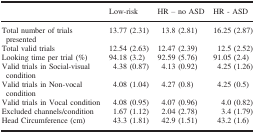
<table><thead><tr><td></td><td><b>Low‐risk</b></td><td><b>HR – no ASD</b></td><td><b>HR ‐ ASD</b></td></tr></thead><tbody><tr><td>Total number of trials presented</td><td>13.77 (2.31)</td><td>13.8 (2.81)</td><td>16.25 (2.87)</td></tr><tr><td>Total valid trials</td><td>12.54 (2.63)</td><td>12.47 (2.39)</td><td>12.5 (2.52)</td></tr><tr><td>Looking time per trial (%)</td><td>94.18 (3.2)</td><td>92.59 (5.76)</td><td>91.05 (2.4)</td></tr><tr><td>Valid trials in Social‐visual condition</td><td>4.38 (0.87)</td><td>4.13 (0.92)</td><td>4.25 (1.26)</td></tr><tr><td>Valid trials in Non‐vocal condition</td><td>4.08 (1.04)</td><td>4.27 (0.8)</td><td>4.25 (0.5)</td></tr><tr><td>Valid trials in Vocal condition</td><td>4.08 (0.95)</td><td>4.07 (0.96)</td><td>4.0 (0.82)</td></tr><tr><td>Excluded channels/condition</td><td>1.67 (1.12)</td><td>2.04 (2.78)</td><td>3.4 (1.79)</td></tr><tr><td>Head Circumference (cm)</td><td>43.3 (1.81)</td><td>42.9 (1.51)</td><td>43.2 (1.6)</td></tr></tbody></table>